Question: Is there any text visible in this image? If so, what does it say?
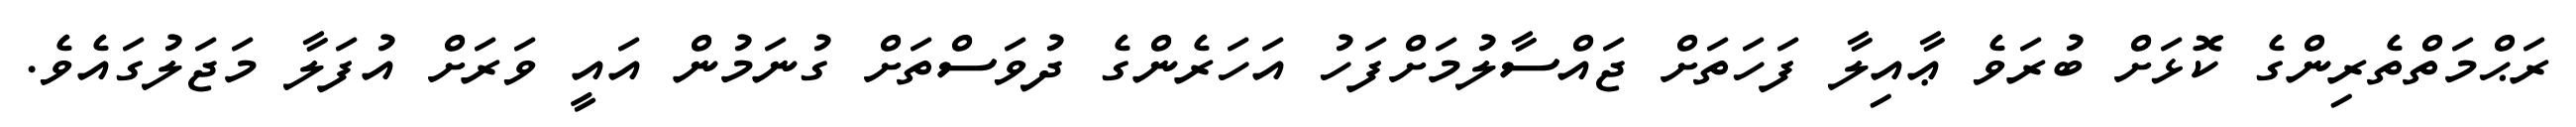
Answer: ރަޙްމަތްތެރިންގެ ކޮޅަށް ބުރަވެ ޢާއިލާ ފަހަތަށް ޖައްސާލުމަށްފަހު އަހަރެންގެ ދުވަސްތަށް ގުނަމުން އައީ ވަރަށް އުފަލާ މަޖަލުގައެވެ.